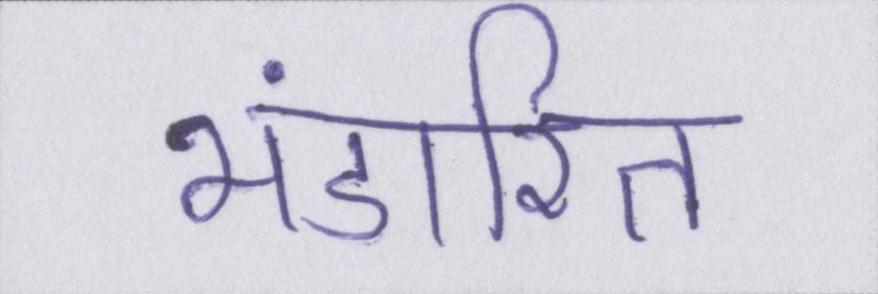
भंडारित